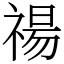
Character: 禓